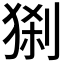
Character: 𤟆